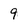
Character: 9